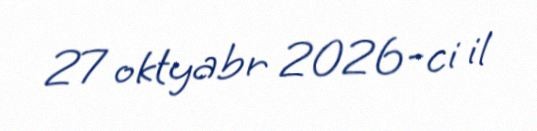
27 oktyabr 2026-ci il